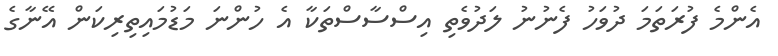
އެންމެ ފުރަތަމަ ދުވަހު ފެނުނު ލަދުވެތި އިސްސާސްތަކާ އެ ހުންނަ މަޑުމައިތިރިކަން އޭނާގެ